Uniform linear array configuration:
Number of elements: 4
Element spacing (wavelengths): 1
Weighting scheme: hamming
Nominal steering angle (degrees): -45
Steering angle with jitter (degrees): -46.808
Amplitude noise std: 0.05
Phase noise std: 0.05

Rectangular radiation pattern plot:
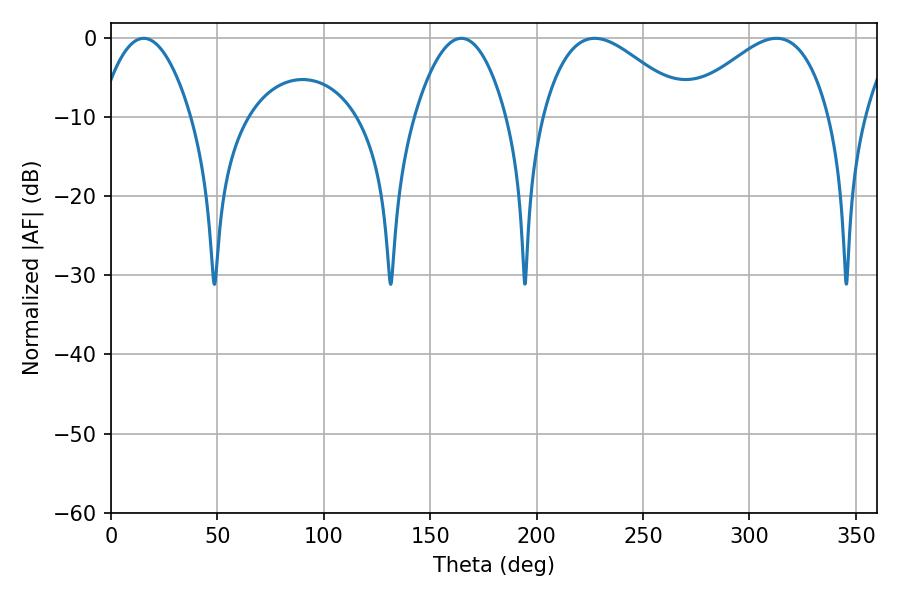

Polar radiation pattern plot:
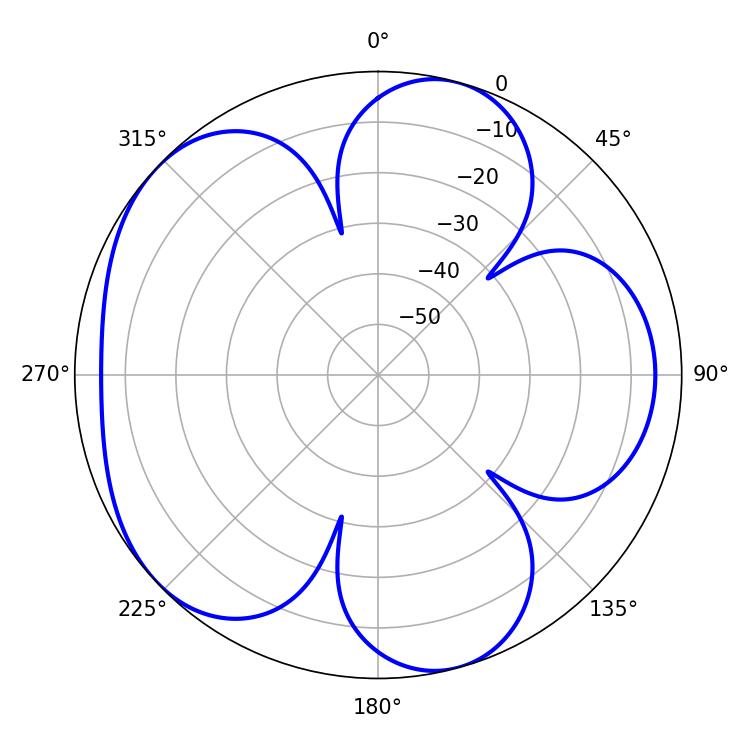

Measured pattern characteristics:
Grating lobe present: TRUE
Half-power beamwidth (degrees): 36.9
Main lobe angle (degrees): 312.66